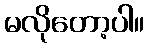
မလိုတော့ပါ။